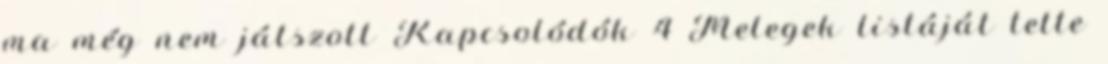
ma még nem játszott Kapcsolódók 4 Melegek listáját tette